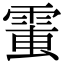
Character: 𩃘